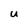
Character: U